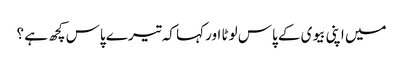
میں اپنی بیوی کے پاس لوٹا اور کہا کہ تیرے پاس کچھ ہے ؟